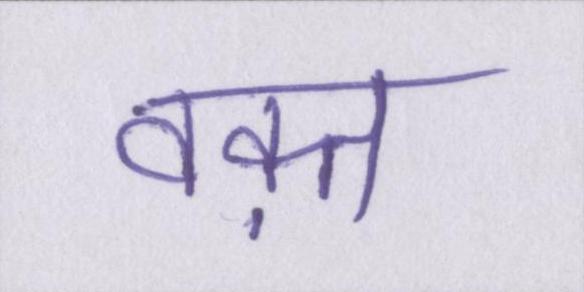
वक़्त